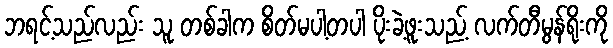
ဘရင့်သည်လည်း သူ တစ်ခါက စိတ်မပါ့တပါ ပိုးခဲ့ဖူးသည့် လက်တီမွန်ရိုးကို